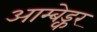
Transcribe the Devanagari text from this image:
आम्बेड्कर